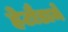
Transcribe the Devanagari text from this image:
हेटौडामे